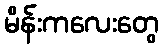
မိန်းကလေးတွေ